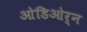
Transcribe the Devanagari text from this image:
ओडिओर्न